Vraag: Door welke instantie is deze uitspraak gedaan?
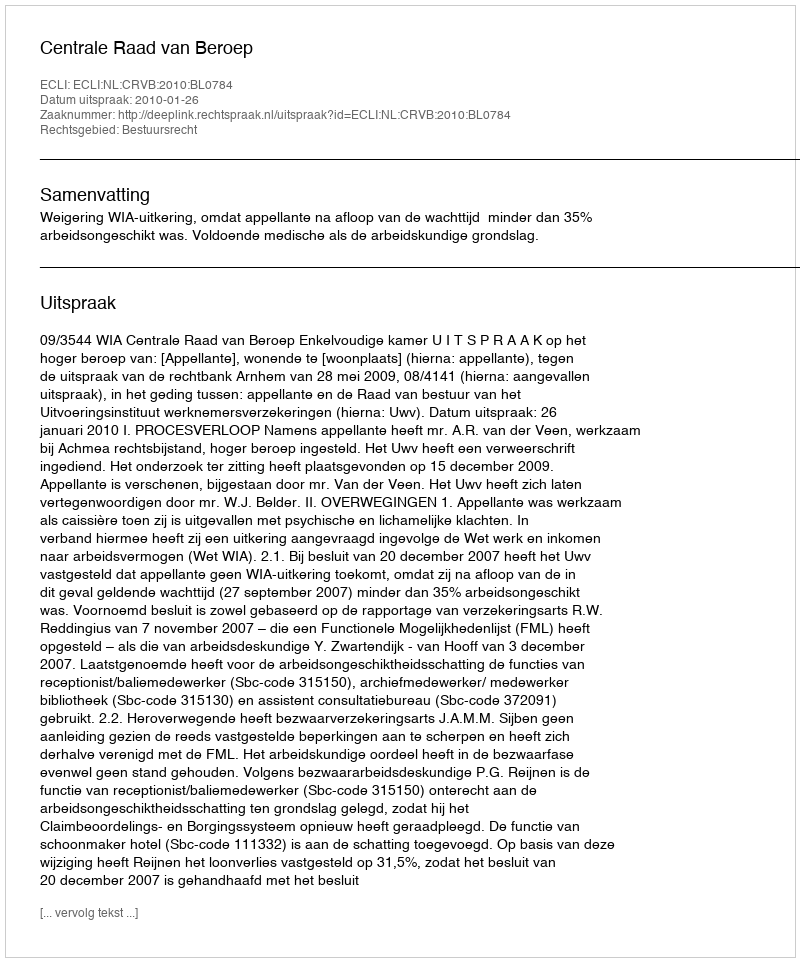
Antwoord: Centrale Raad van Beroep